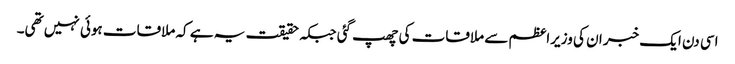
اسی دن ایک خبر ان کی وزیراعظم سے ملاقات کی چھپ گئی جبکہ حقیقت یہ ہے کہ ملاقات ہوئی نہیں تھی۔